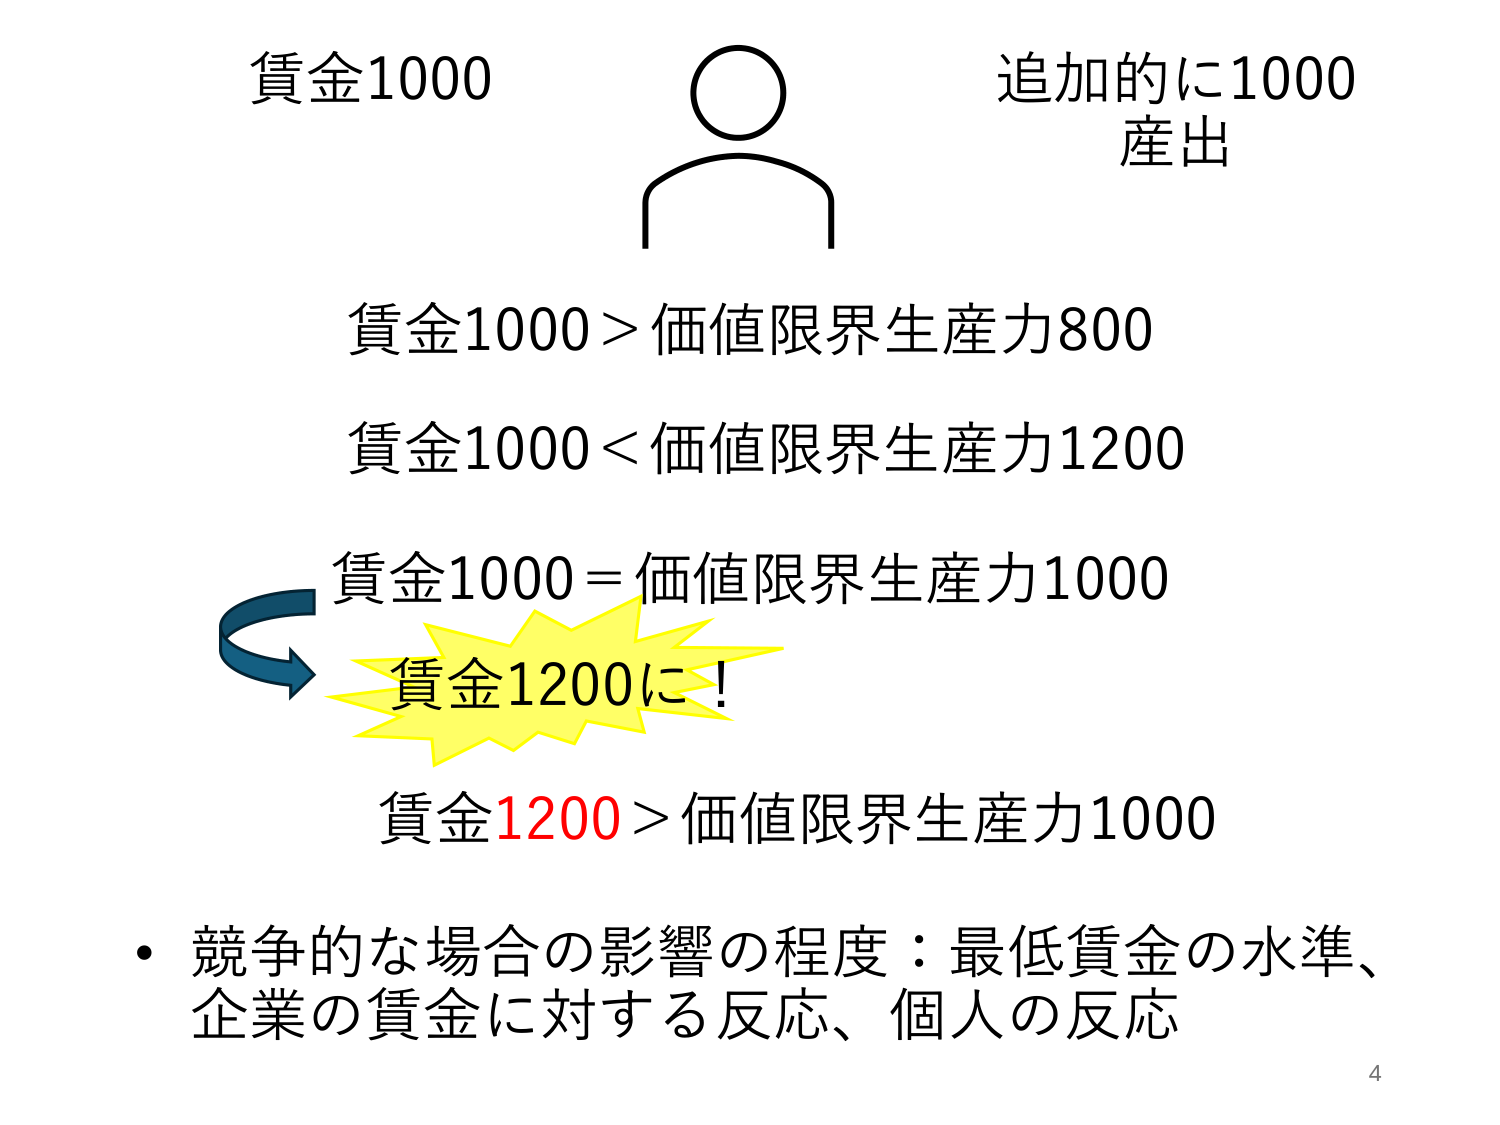
賃金1000
追加的に1000
産出
賃金1000 > 価値限界生産力800
賃金1000 < 価値限界生産力1200
賃金1000 = 価値限界生産力1000
賃金1200に！
賃金1200 > 価値限界生産力1000
・競争的な場合の影響の程度：最低賃金の水準、
企業の賃金に対する反応、個人の反応
4